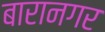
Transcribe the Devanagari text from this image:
बारानगर